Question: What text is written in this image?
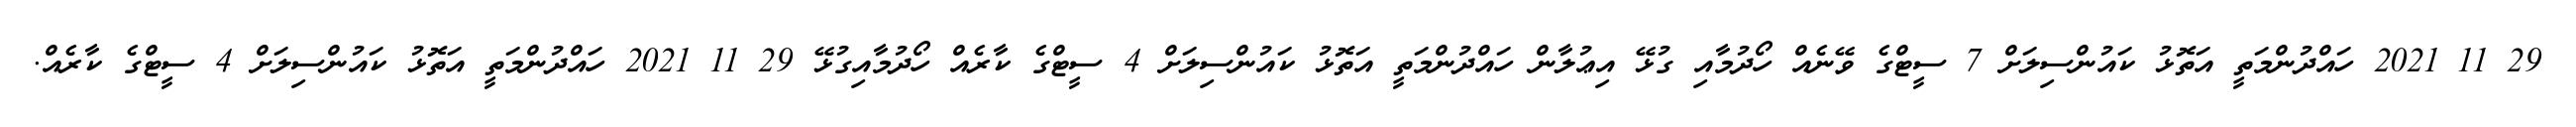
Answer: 29 11 2021 ހައްދުންމަތީ އަތޮޅު ކައުންސިލަށް 7 ސީޓްގެ ވޭނެއް ހޯދުމާއި ގުޅޭ އިޢުލާން ހައްދުންމަތީ އަތޮޅު ކައުންސިލަށް 4 ސީޓްގެ ކާރެއް ހޯދުމާއިގުޅޭ 29 11 2021 ހައްދުންމަތީ އަތޮޅު ކައުންސިލަށް 4 ސީޓްގެ ކާރެއް.